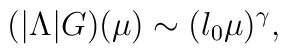
(|\Lambda|G)(\mu) \sim (l_0 \mu)^\gamma ,